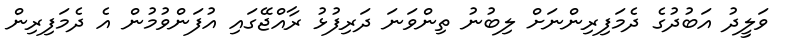
ވަލީދު އަބުދުގެ ދެމަފިރިންނަށް ލިބުނު ތިންވަނަ ދަރިފުޅު ރާއްޖޭގައި އުފަންވުމުން އެ ދެމަފިރިން